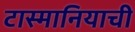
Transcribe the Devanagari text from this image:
टास्मानियाची